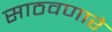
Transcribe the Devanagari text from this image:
साठवणारे